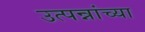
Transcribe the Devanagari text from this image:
उत्पन्नांच्या